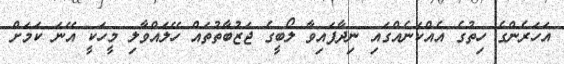
އަހަރެންގެ ހިތުގެ އެއްކަނެއްގައި ނިދާފައިވާ ލޯބީގެ ޖަޒުބާތުތައް ހޭލައްވާލި މީހަކީ އޭނަ ކަމަށް